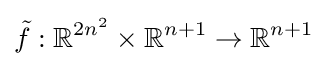
{\tilde {f}}:\mathbb {R} ^{2n^{2}}\times \mathbb {R} ^{n+1}\to \mathbb {R} ^{n+1}